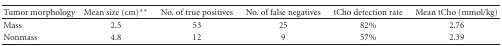
<table><thead><tr><td><b> Tumor morphology</b></td><td><b>Mean size (cm)**</b></td><td><b>No. of true positives</b></td><td><b>No. of false negatives</b></td><td><b>tCho detection rate</b></td><td><b>Mean tCho (mmol/kg)</b></td></tr></thead><tbody><tr><td>Mass</td><td> 2.5</td><td>53</td><td>25</td><td>82%</td><td>2.76</td></tr><tr><td>Nonmass</td><td> 4.8</td><td>12</td><td>9</td><td>57%</td><td>2.39</td></tr></tbody></table>